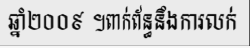
ឆ្នាំ២០០៩ ។ពាក់ព័ន្ធនឹងការលក់